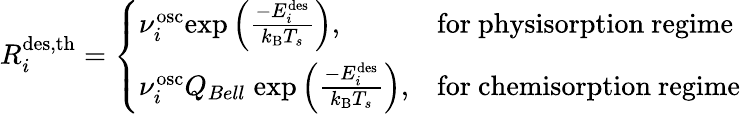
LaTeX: R_{i}^{\mathrm{{des,th}}}=\left\{ \begin{array}{ll}{\nu_{i}^{\mathrm{osc}}\mathrm{exp}\left(\frac{-E_{i}^{\mathrm{{des}}}}{k_{\mathrm{B}}T_{s}}\right),}&{\mathrm{for~physisorption~regime}}\\ {\nu_{i}^{\mathrm{{osc}}}Q_{Bell}\; \mathrm{exp}\left(\frac{-E_{i}^{\mathrm{des}}}{k_{\mathrm{{B}}}T_{s}}\right),}&{\mathrm{for~chemisorption~regime}}\end{array}\right.